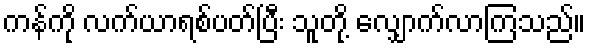
ကန်ကို လက်ယာရစ်ပတ်ပြီး သူတို့ လျှောက်လာကြသည်။